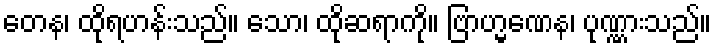
တေန၊ ထိုရဟန်းသည်။ သော၊ ထိုဆရာကို။ ဗြာဟ္မဏေန၊ ပုဏ္ဏားသည်။